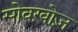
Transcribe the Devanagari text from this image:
सोवख़ोज़